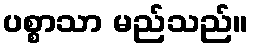
ပစ္စာသာ မည်သည်။